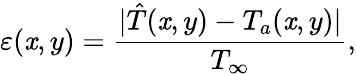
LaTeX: \varepsilon(\mathit{x},y)=\frac{{|\hat{{T}}(\mathit{x},y)-T_{a}(\mathit{x},y)|}}{{T_{\infty}}},